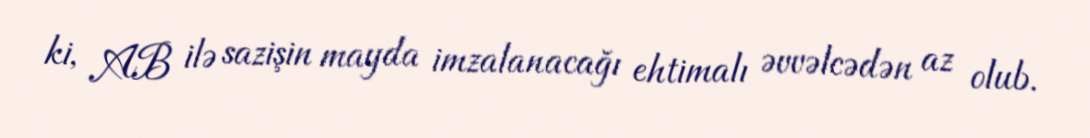
ki, AB ilə sazişin mayda imzalanacağı ehtimalı əvvəlcədən az olub.